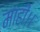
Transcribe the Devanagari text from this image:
माहीं।।